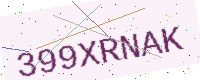
Text: 399XRNAK